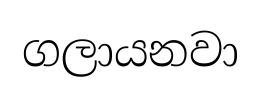
ගලායනවා